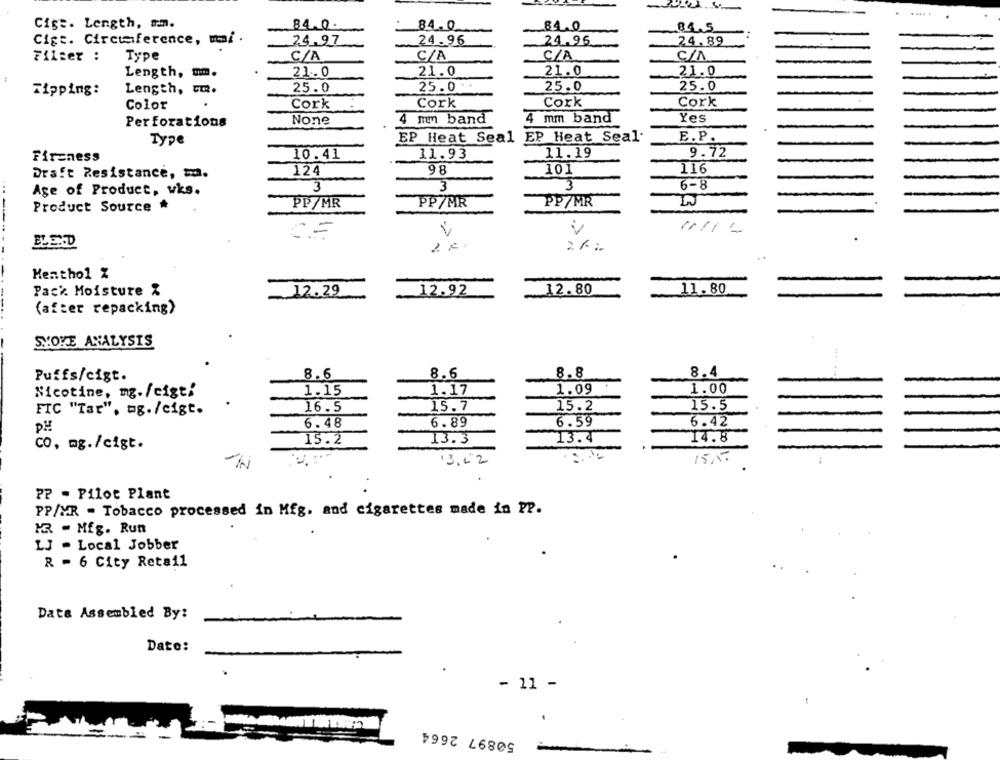
Cise. Length, am.
84.0.
84.0
84.0
84.5.
Cigt. Circumference, mi
24.97
24.96
24.96
24.89
Filser :
Type
C/A
C/A
C/A
C/A
Length, mm.
21. 0
21.0
21.0
21.0
Length, cm.
25.0
25.0 .
25.0
25.0
Tipping:
Color
Cork
Cork
Cork
Cork
4 mm band
4 mm band
Yes
Perforations
E.P
Type
EP Heat Seal EP Heat Seal
11.19
Fireness
10.41
11.93
9.72
Draft Resistance, ma.
124
98
101
116
Age of Product, wks.
3
3
3
6-8
PP/MR
PP/MR
PP/MR
Product Source
CE
BLEND
Menthol Z
Pack Moisture &
12.29
_12.92
12.80
11.80
(after repacking)
SYOVE ANALYSIS
8.4
Puffs/cigt.
8.6
8.6
8.8
Nicotine, mg./cigt!
1.15
1.17
1.09
1.00
16.5
15.7
15.2
15.5
FIC "Tar", mg./cigt.
6.48
6.89
6.59
6.42
15.2
13.3
13.4
14.8
CO, mg./cigt.
13."2
15.5.
PP - Pilot Plant
PP/MR - Tobacco processed in Mfg. and cigarettes made in PP.
MR - Mig. Run
LJ - Local Jobber
R = 6 City Retail
Data Assembled By:
Date:
- 11 -
50897 2664